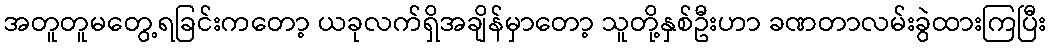
အတူတူမတွေ့ရခြင်းကတော့ ယခုလက်ရှိအချိန်မှာတော့ သူတို့နှစ်ဦးဟာ ခဏတာလမ်းခွဲထားကြပြီး